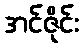
အင်ဇိုင်း